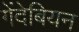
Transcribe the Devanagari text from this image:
गेंदेबियन